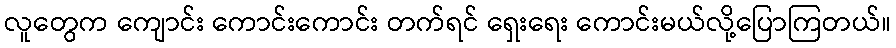
လူတွေက ကျောင်း ကောင်းကောင်း တက်ရင် ရှေးရေး ကောင်းမယ်လို့ပြောကြတယ်။